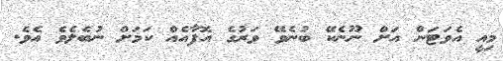
މިއީ އެވަޓަން އަށް ނޫނެކޭ ބުނެވޭ ވަރުގެ އޮފާއެއް ކަމަށް ނުބެލެވެ އެވެ.